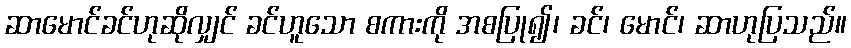
ဆာမောင်ခင်ဟုဆိုလျှင် ခင်ဟူသော စကားကို အစပြု၍၊ ခင်၊ မောင်၊ ဆာဟုပြသည်။